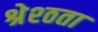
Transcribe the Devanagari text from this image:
श्रेश्ठता